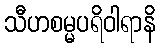
သီဟစမ္မပရိဝါရာနိ